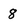
Character: 8